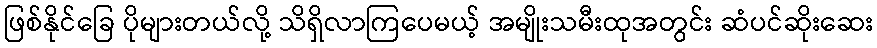
ဖြစ်နိုင်ခြေ ပိုများတယ်လို့ သိရှိလာကြပေမယ့် အမျိုးသမီးထုအတွင်း ဆံပင်ဆိုးဆေး